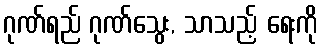
ဂုဏ်ရည် ဂုဏ်သွေး, သာသည့် ရေးကို